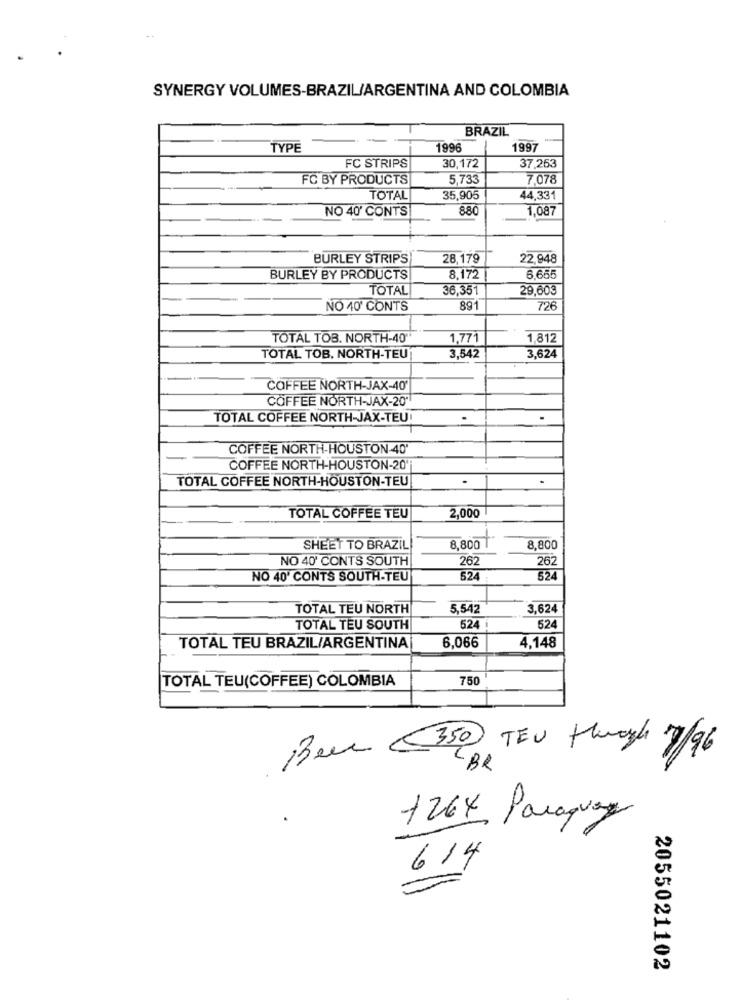
SYNERGY VOLUMES-BRAZIL/ARGENTINA AND COLOMBIA
BRAZIL
TYPE
1996
1997
FC STRIPS
30,172
37,263
FC BY PRODUCTS
5,733
7.078
TOTAL
35,905
44,331
NO 40' CONTS
880
1,087
BURLEY STRIPS
28,179
22,948
BURLEY BY PRODUCTS
8,172
6.655
TOTAL
36,351
29,603
NO 40' CONTS
89*
726
TOTAL TOB. NORTH-40'
1,771
1,812
TOTAL TOB. NORTH-TEU
3,542
3,624
COFFEE NORTH-JAX-40
COFFEE NORTH-JAX-20'
TOTAL COFFEE NORTH-JAX-TEU
COFFEE NORTH-HOUSTON-40
COFFEE NORTH-HOUSTON-20'
TOTAL COFFEE NORTH-HOUSTON-TEU
TOTAL COFFEE TEU
2,000
SHEET TO BRAZIL
8,800 1
8,800
NO 40' CONTS SOUTH
262
262
NO 40' CONTS SOUTH-TEU
524
524
TOTAL TEU NORTH
5,542
3,624
TOTAL TEU SOUTH
524 i
524
6,066
TOTAL TEU BRAZIL/ARGENTINA
4,148
TOTAL TEU(COFFEE) COLOMBIA
750
Been 350 TEU through 7/96
1264 Paraguay
614
2055021102